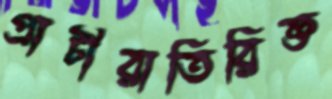
প্রাচীরাতিরিক্ত